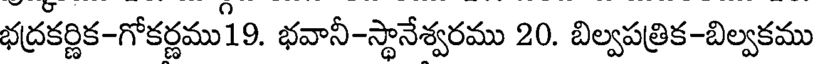
భద్రకర్ణిక-గోకర్ణము19. భవానీ-స్థానేశ్వరము 20. బిల్వపత్రిక-బిల్వకము